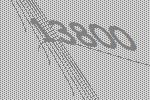
13800